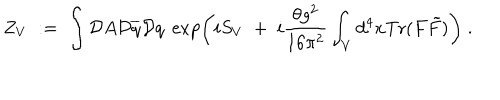
Z _ { V } \; : = \; \int { \cal D } A { \cal D } \overline { { { q } } } { \cal D } q \; \exp \left( i S _ { V } \; + \; i \frac { \theta g ^ { 2 } } { 1 6 \pi ^ { 2 } } \int _ { V } d ^ { 4 } x \mathrm { T r } ( F \tilde { F } ) \right) \; .